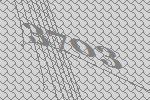
3703